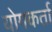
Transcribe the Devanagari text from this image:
योगकर्ता